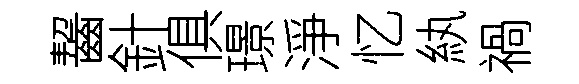
齧針俱璟淨忆紈禍